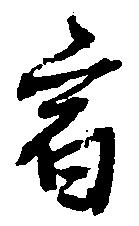
宿